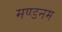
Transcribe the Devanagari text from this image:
मण्‍डनम